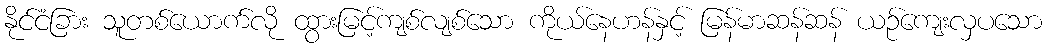
နိုင်ငံခြား သူတစ်ယောက်လို ထွားမြင့်ကျစ်လျစ်သော ကိုယ်နေဟန်နှင့် မြန်မာဆန်ဆန် ယဉ်ကျေးလှပသော